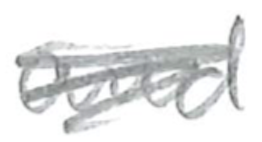
Text: and
Cross-out: scratch
Writing tool: pencil